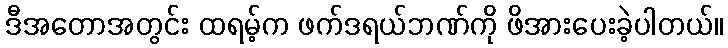
ဒီအတောအတွင်း ထရမ့်က ဖက်ဒရယ်ဘဏ်ကို ဖိအားပေးခဲ့ပါတယ်။